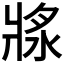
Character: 𤖅